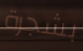
بشجرة